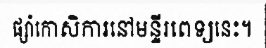
ផ្សាំកោសិការនៅមន្ទីរពេទ្យនេះ។